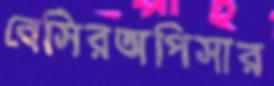
বেসিরঅপিসার